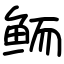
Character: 鲕